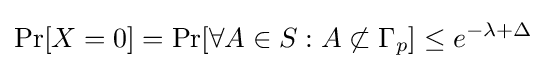
\Pr[X=0]=\Pr[\forall A\in S:A\not \subset \Gamma _{p}]\leq e^{-\lambda +\Delta }